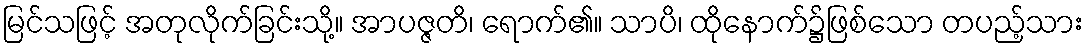
မြင်သဖြင့် အတုလိုက်ခြင်းသို့။ အာပဇ္ဇတိ၊ ရောက်၏။ သာပိ၊ ထိုနောက်၌ဖြစ်သော တပည့်သား